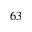
6 3